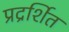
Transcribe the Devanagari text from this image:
प्रद्रर्शित